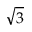
\sqrt { 3 }